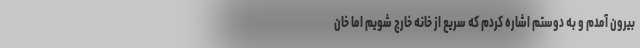
بیرون آمدم و به دوستم اشاره کردم که سریع از خانه خارج شویم اما خان